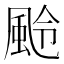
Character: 𩖵